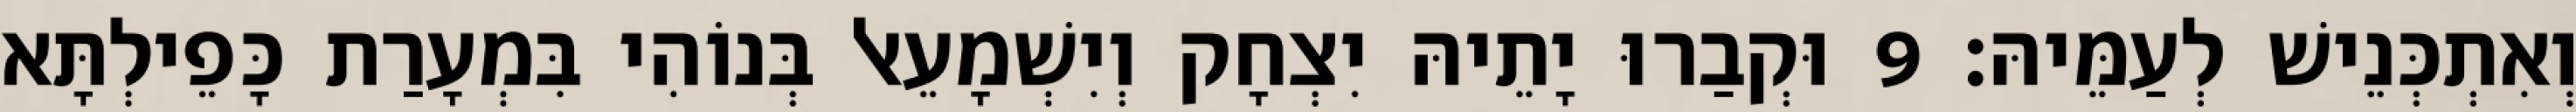
וְאִתְכְּנֵישׁ לְעַמֵּיהּ׃ 9 וּקְבַרוּ יָתֵיהּ יִצְחָק וְיִשְׁמָעֵאל בְּנוֹהִי בִּמְעָרַת כָּפֵילְתָּא